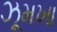
ઝૂમખા